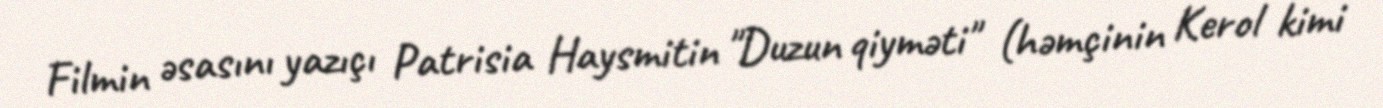
Filmin əsasını yazıçı Patrisia Haysmitin "Duzun qiyməti" (həmçinin Kerol kimi